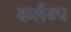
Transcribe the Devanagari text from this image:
कलैंम्प